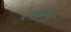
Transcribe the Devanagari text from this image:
रूळालगत